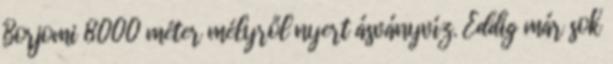
Borjomi 8000 méter mélyről nyert ásványvíz. Eddig már sok